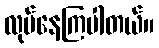
လုပ်နေကြပါတယ်။